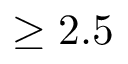
\geq 2 . 5